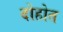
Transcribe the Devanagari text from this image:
दोहोत